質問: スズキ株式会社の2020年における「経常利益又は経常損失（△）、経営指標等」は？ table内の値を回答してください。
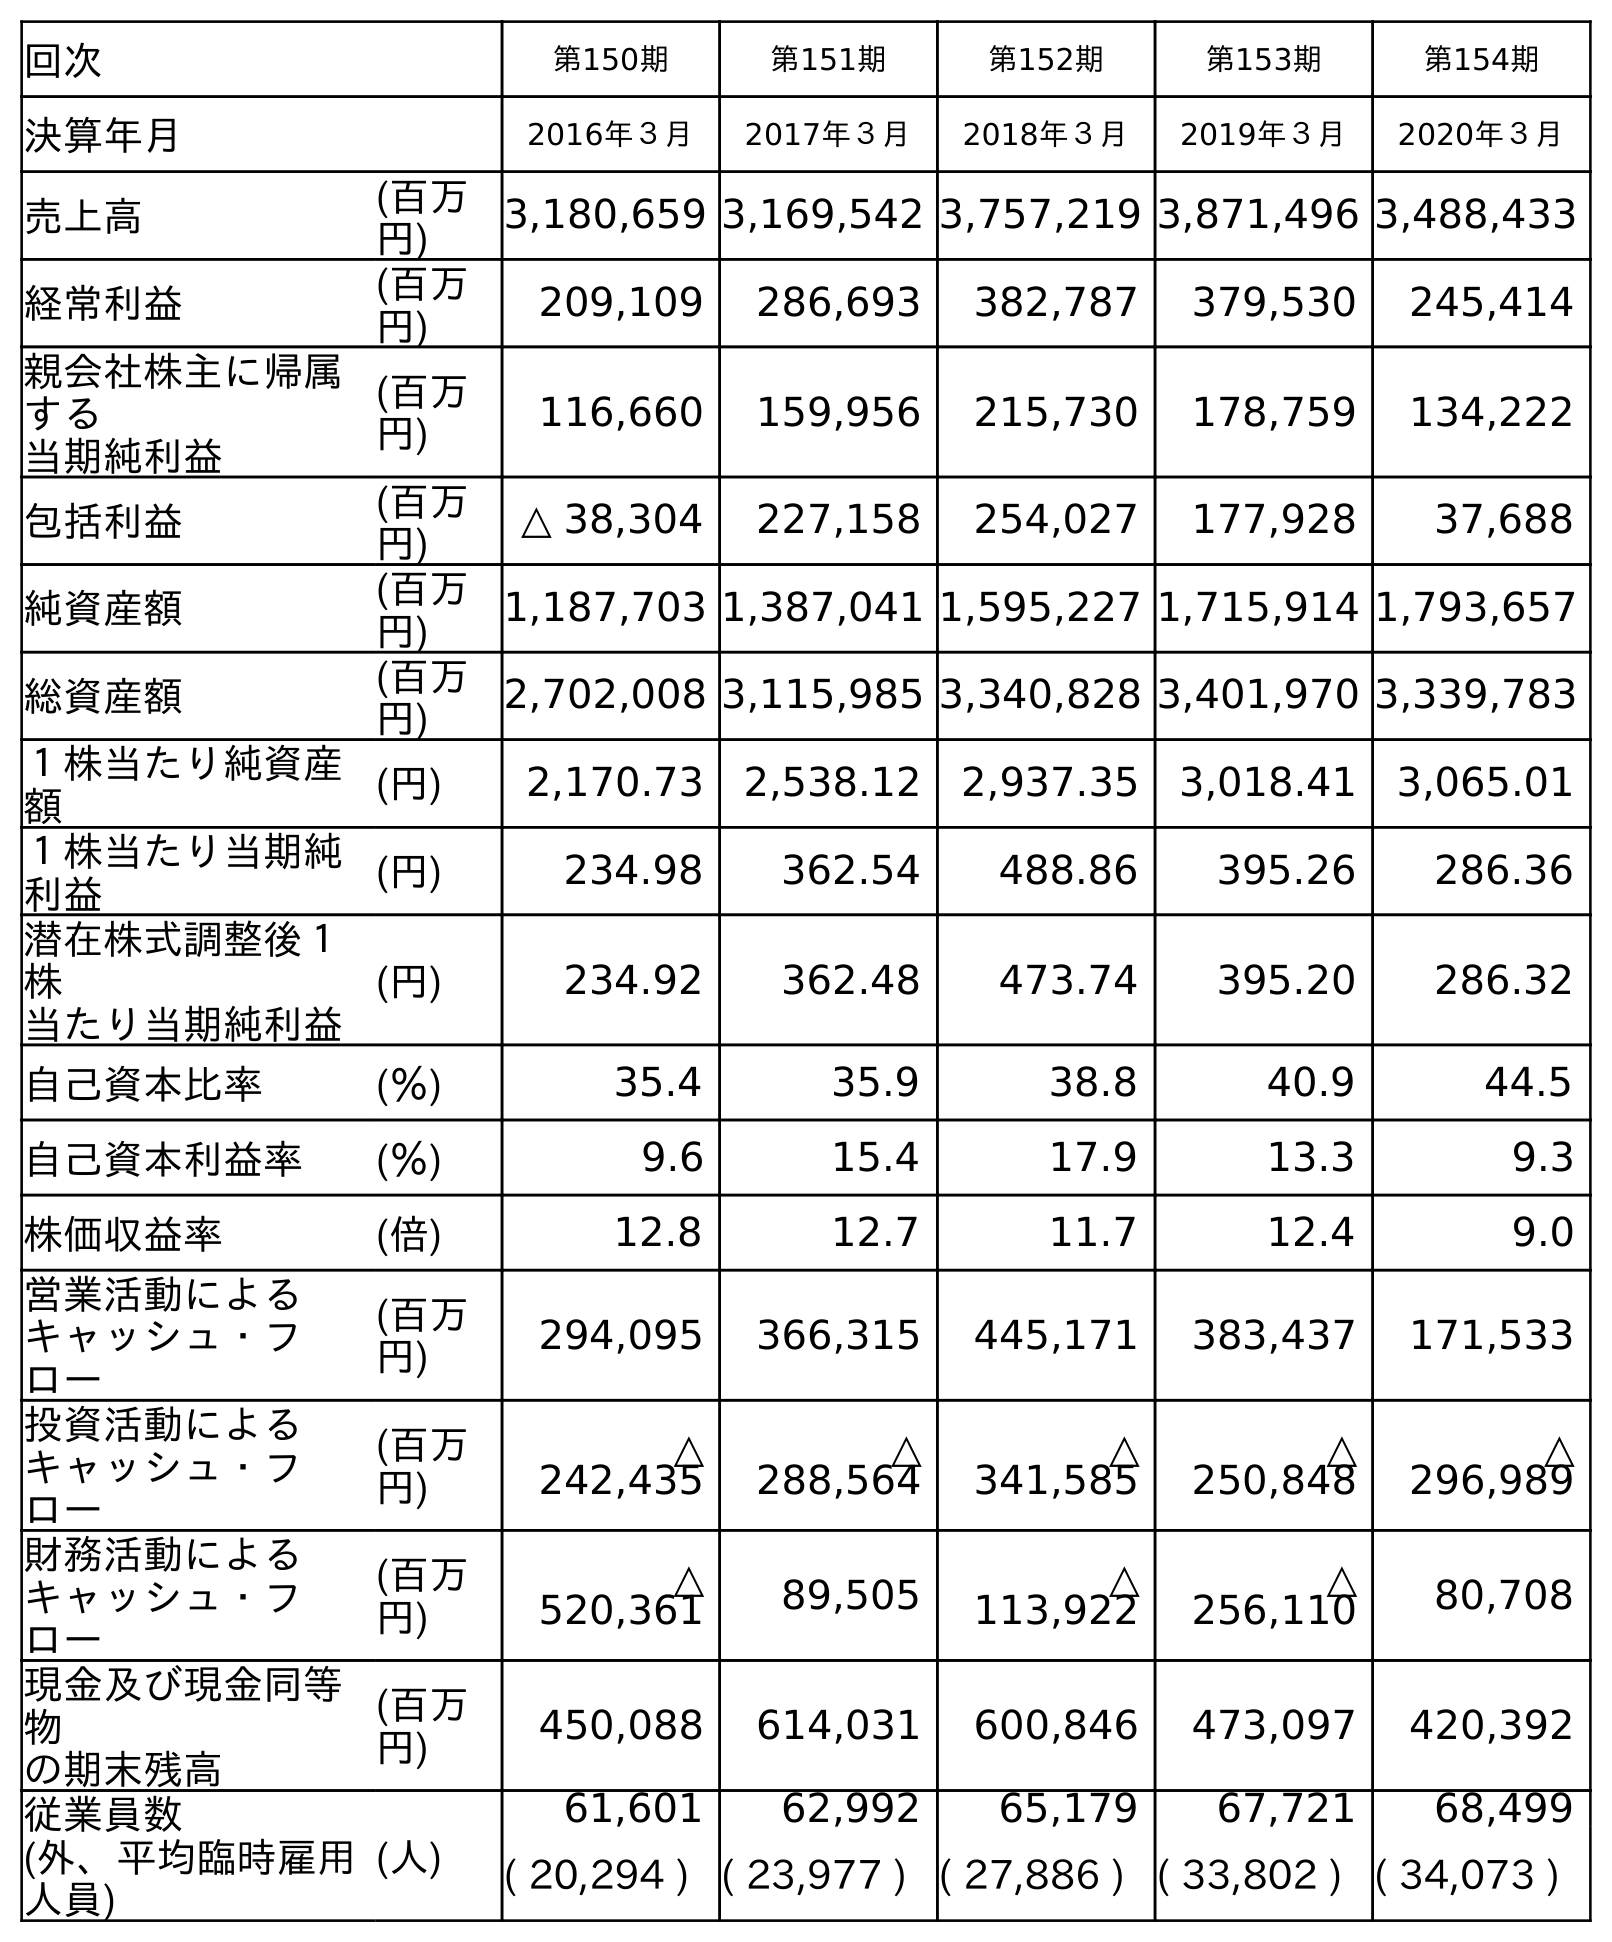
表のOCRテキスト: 回次 第150期 第151期 第152期 第153期 第154期 決算年月 2016年３月 2017年３月 2018年３月 2019年３月 2020年３月 売上高 (百万 円) 3,180,659 3,169,542 3,757,219 3,871,496 3,488,433 経常利益 (百万 円) 209,109 286,693 382,787 379,530 245,414 親会社株主に帰属 する 当期純利益 (百万 円) 116,660 159,956 215,730 178,759 134,222 包括利益 (百万 円) △ 38,304 227,158 254,027 177,928 37,688 純資産額 (百万 円) 1,187,703 1,387,041 1,595,227 1,715,914 1,793,657 総資産額 (百万 円) 2,702,008 3,115,985 3,340,828 3,401,970 3,339,783 １株当たり純資産 額 (円) 2,170.73 2,538.12 2,937.35 3,018.41 3,065.01 １株当たり当期純 利益 (円) 234.98 362.54 488.86 395.26 286.36 潜在株式調整後１ 株 当たり当期純利益 (円) 234.92 362.48 473.74 395.20 286.32 自己資本比率 (％) 35.4 35.9 38.8 40.9 44.5 自己資本利益率 (％) 9.6 15.4 17.9 13.3 9.3 株価収益率 (倍) 12.8 12.7 11.7 12.4 9.0 営業活動による キャッシュ・フ ロー (百万 円) 294,095 366,315 445,171 383,437 171,533 投資活動による キャッシュ・フ ロー (百万 円) △ 242,435 △ 288,564 △ 341,585 △ 250,848 △ 296,989 財務活動による キャッシュ・フ ロー (百万 円) △ 520,361 89,505 △ 113,922 △ 256,110 80,708 現金及び現金同等 物 の期末残高 (百万 円) 450,088 614,031 600,846 473,097 420,392 従業員数 (外、平均臨時雇用 人員) (人) 61,601 62,992 65,179 67,721 68,499 ( 20,294 ) ( 23,977 ) ( 27,886 ) ( 33,802 ) ( 34,073 )
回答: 245,414